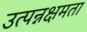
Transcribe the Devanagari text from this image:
उत्पन्नक्षमता